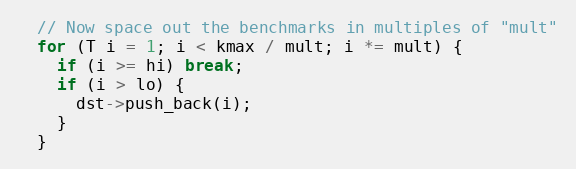
Language: C
  // Now space out the benchmarks in multiples of "mult"
  for (T i = 1; i < kmax / mult; i *= mult) {
    if (i >= hi) break;
    if (i > lo) {
      dst->push_back(i);
    }
  }